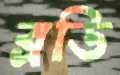
ব্রডি